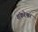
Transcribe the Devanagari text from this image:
शंकरेश्वर